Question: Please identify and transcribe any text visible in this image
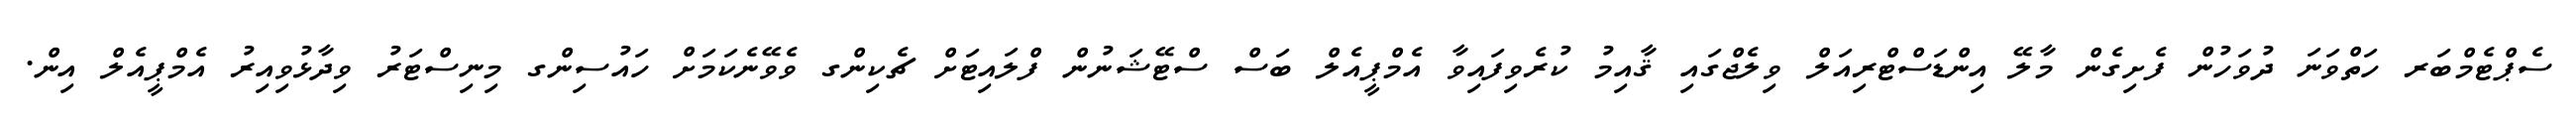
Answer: ސެޕްޓެމްބަރ ހަތްވަނަ ދުވަހުން ފެށިގެން މާލޭ އިންޑަސްޓްރިއަލް ވިލެޖްގައި ޤާއިމު ކުރެވިފައިވާ އެމްޕީއެލް ބަސް ސްޓޭޝަނުން ފްލައިޓަށް ޗެކިންގ ވެވޭނެކަމަށް ހައުސިންގ މިނިސްޓަރު ވިދާޅުވިއިރު އެމްޕީއެލް އިން.